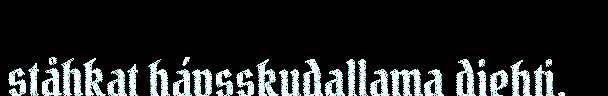
ståhkat hávsskudallama diehti.